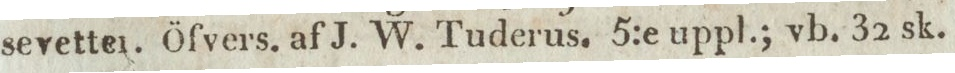
sevetter. Öfvers. af J. W. Tuderus. 5:e uppl.; vb. 32 sk.